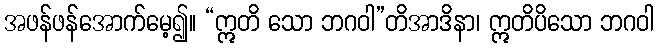
အဖန်ဖန်အောက်မေ့၍။ “ဣတိ သော ဘဂဝါ”တိအာဒိနာ၊ ဣတိပိသော ဘဂဝါ